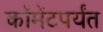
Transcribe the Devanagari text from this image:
कॉमेंटपर्यंत